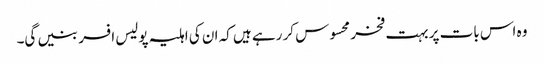
وہ اس بات پر بہت فخر محسوس کر رہے ہیں کہ ان کی اہلیہ پولیس افسر بنیں گی۔